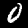
Label: 0